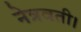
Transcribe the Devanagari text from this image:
नेत्रवती।